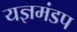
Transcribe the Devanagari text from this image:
यज्ञमंडप